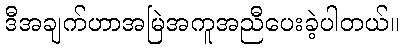
ဒီအချက်ဟာအမြဲအကူအညီပေးခဲ့ပါတယ်။